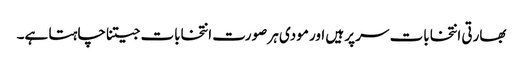
بھارتی انتخابات سر پر ہیں اور مودی ہر صورت انتخابات جیتنا چاہتا ہے۔